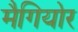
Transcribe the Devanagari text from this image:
मैगियोर